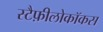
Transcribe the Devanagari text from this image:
स्टैफ़ीलोकॉकस